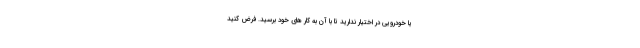
یا خودرویی در اختیار ندارید تا با آن به کار های خود برسید. فرض کنید